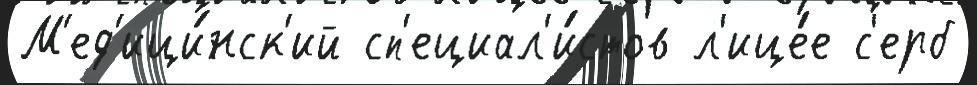
М'ед'ици́нск'ий сп'ециал'и́стов л'ице́е с'ерб